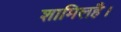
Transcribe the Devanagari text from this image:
शामिलहै।